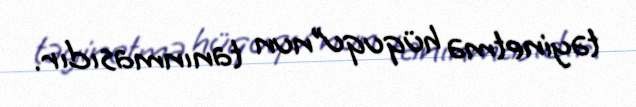
təyinetmə hüququ”nun tanınmasıdır.